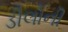
ડીલોની